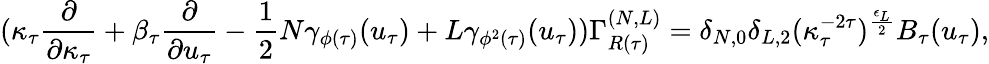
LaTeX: (\kappa_{\tau}\frac{\partial}{\partial\kappa_{\tau}}+\beta_{\tau}\frac{\partial}{\partial u_{\tau}}-\frac{1}{2}N\gamma_{\phi(\tau)}(u_{\tau})+L\gamma_{\phi^{2}(\tau)}(u_{\tau}))\Gamma_{R(\tau)}^{(N,L)}=\delta_{N,0}\delta_{L,2}(\kappa_{\tau}^{-2\tau})^{\frac{\epsilon_{L}}{2}}B_{\tau}(u_{\tau}),